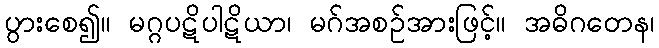
ပွားစေ၍။ မဂ္ဂပဋိပါဋိယာ၊ မဂ်အစဉ်အားဖြင့်။ အဓိဂတေန၊